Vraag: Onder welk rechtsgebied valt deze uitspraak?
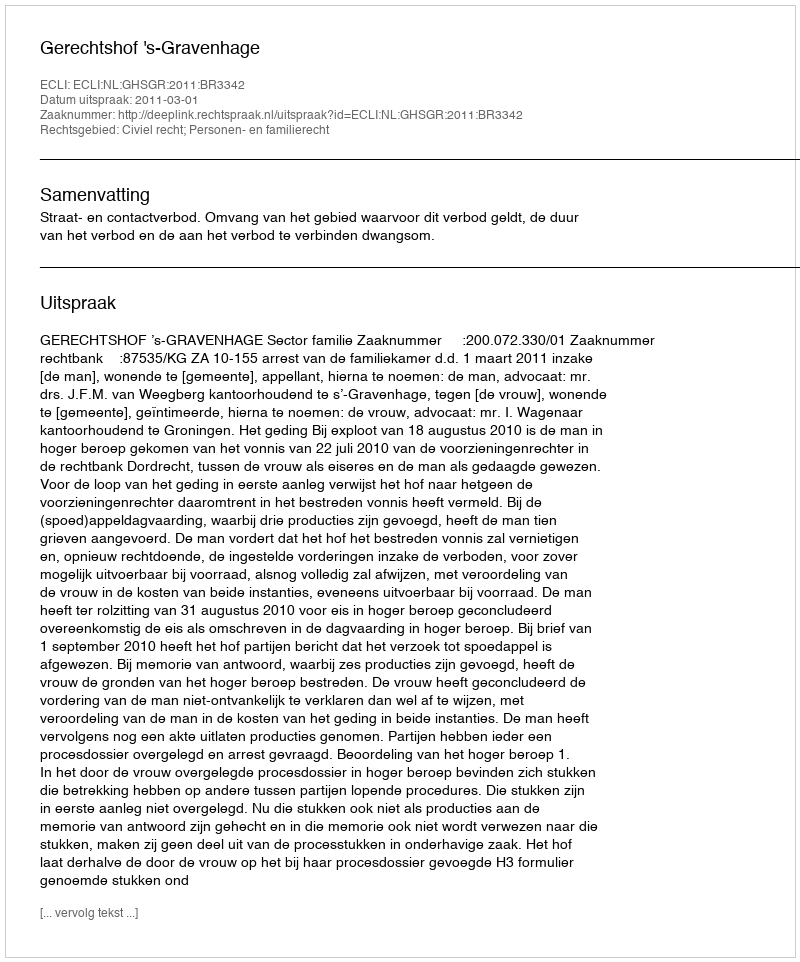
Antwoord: Civiel recht; Personen- en familierecht